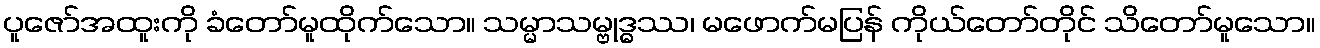
ပူဇော်အထူးကို ခံတော်မူထိုက်သော။ သမ္မာသမ္ဗုဒ္ဓဿ၊ မဖောက်မပြန် ကိုယ်တော်တိုင် သိတော်မူသော။